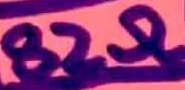
Text: 82Ω